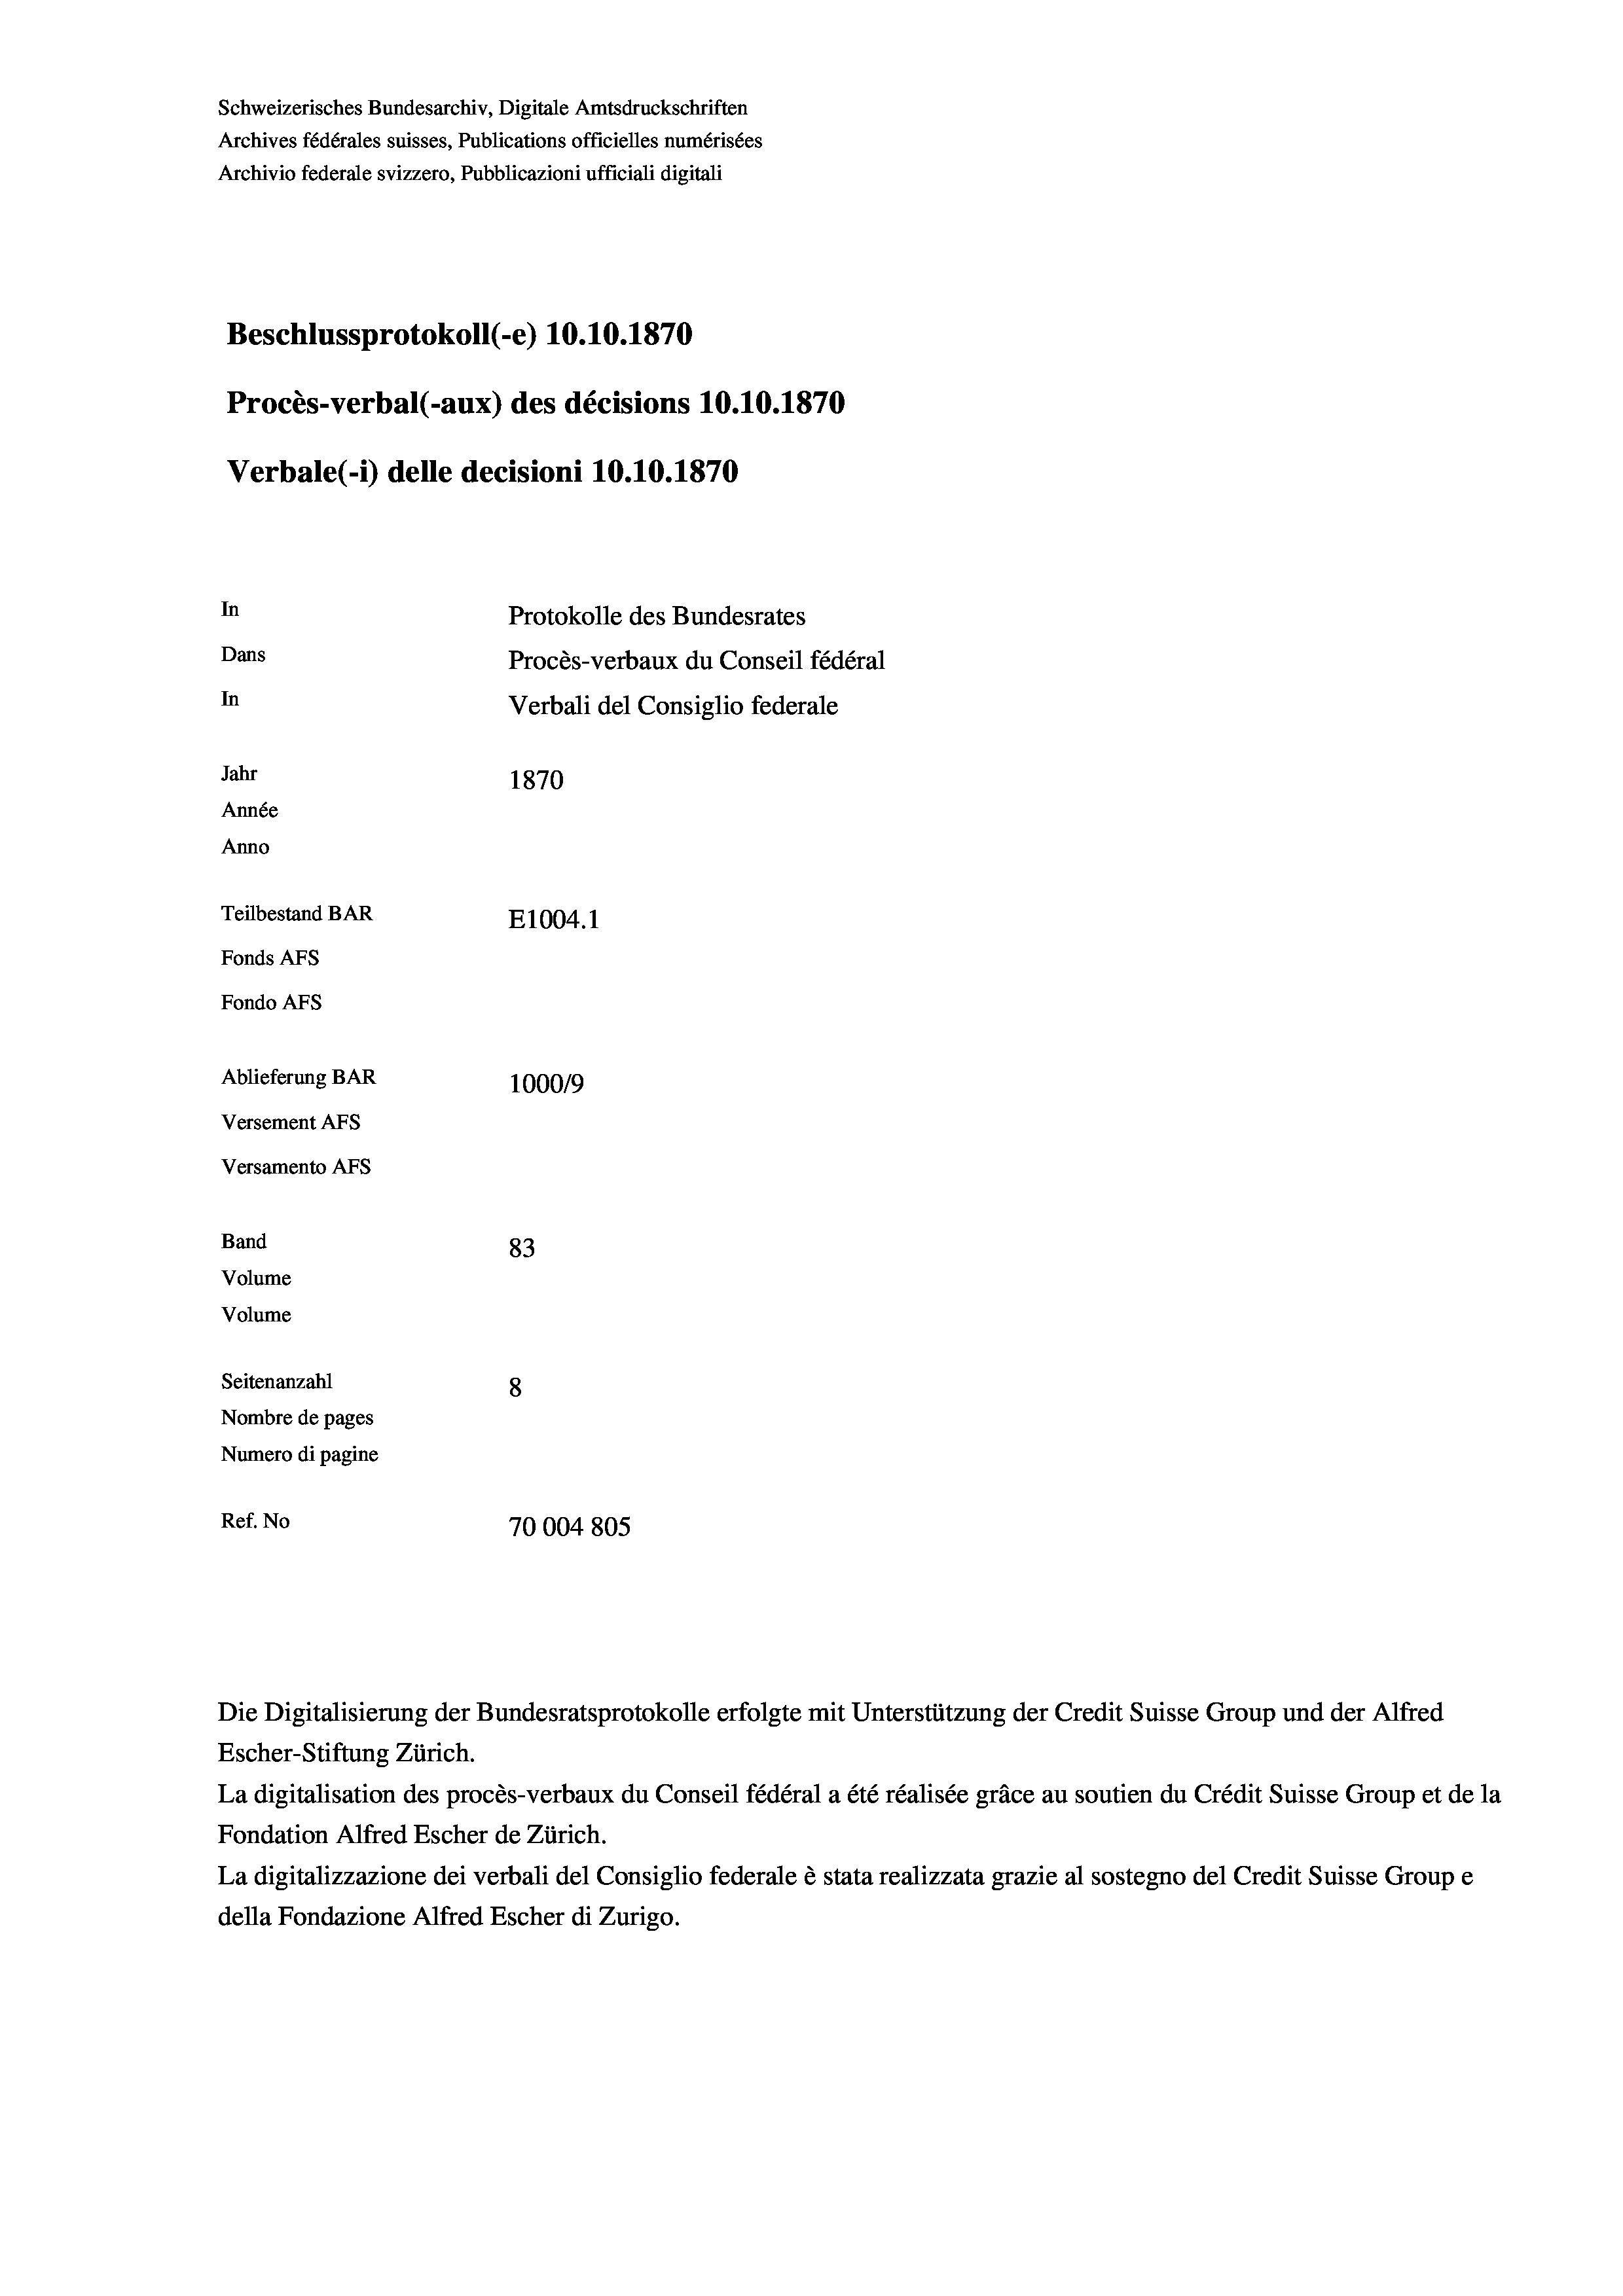
Schweizerisches Bundesarchiv, Digitale Amtsdruckschriften
Archives fédérales suisses, Publications officielles numérisées
Archivio federale svizzero, Pubblicazioni ufficiali digitali
Beschlussprotokoll (-e) 10.10.1870
Procès-verbal (-aux) des décisions 10.10.1870
Verbale (1) delle decisioni 10.10.1870
In
Protokolle des Bundesrates
Dans
Procès-verbaux du Conseil fédéral
In
Verbali del Consiglio federale
Jahr
1870
Année
Anno
Teilbestand BAR
E1004.1
Fonds Afs
Fondo AFs
Ablieferung BAR
100019
Versement Abs
Versamento Afs
Band
83
Volume
Volume
Seitenanzahl
8
Nombre de pages
Numero di pagine
Ref. No
70004 805

La digitalisation des procès-verbaux du Conseil fédéral a été réalisée gräce au soutien du Crédit Suisse Group et de la
Fondation Alfred Escher de Zürich.
La digitalizzazione dei verbali del Consiglio federale è stata realizzata grazie al sostegno del Credit Suisse Groupe
della Fondazione Alfred Escher di Zurigo.

Die Digitalisierung der Bundesratsprotokolle erfolgte mit Unterstützung der Credit Suisse Group und der Alfred
Escher-Stiftung Zürich.